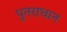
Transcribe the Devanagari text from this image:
पुनराधान